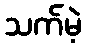
သက်မဲ့